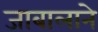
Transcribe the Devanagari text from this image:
जाबालाने